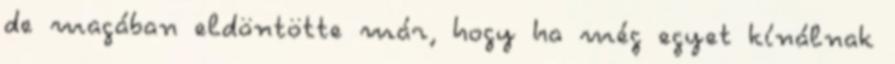
de magában eldöntötte már, hogy ha még egyet kínálnak